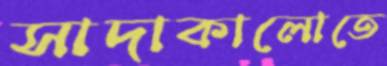
সাদাকালোতে